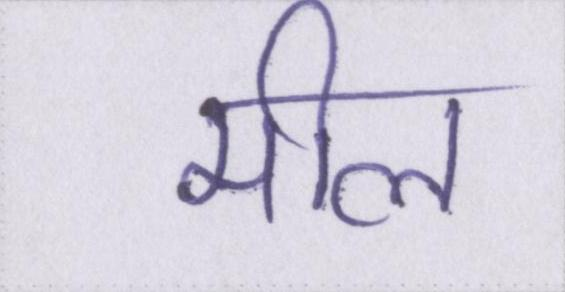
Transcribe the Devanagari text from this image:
मील